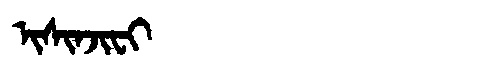
Manchu: ᡳᠰᡳᠨᠵᡳᠸᡳ
Romanization: ISINJIFI